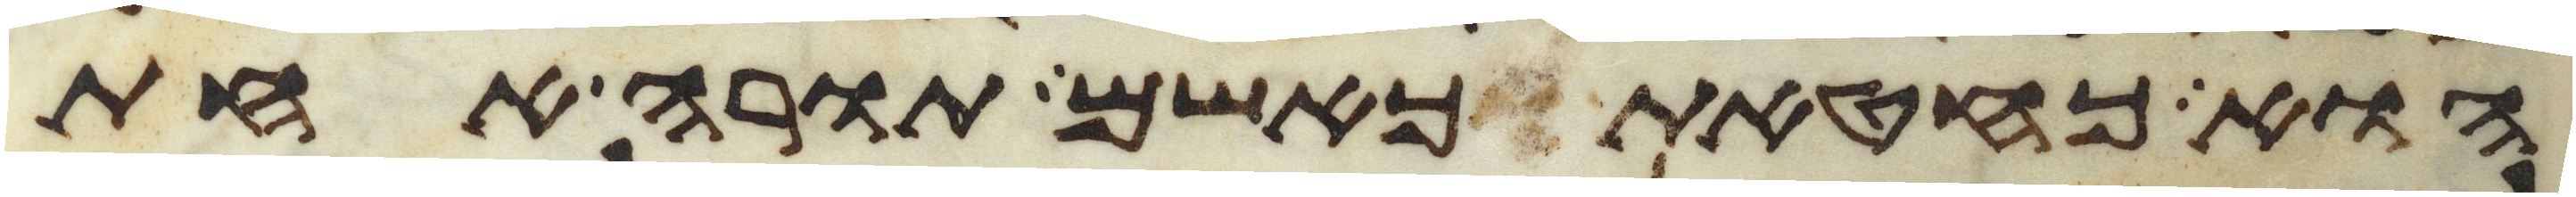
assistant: הוא כחטאת כאשם תורה אחת